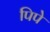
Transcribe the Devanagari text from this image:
पिपे